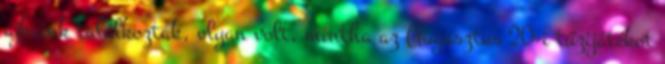
ajkaink találkoztak, olyan volt, mintha az Augusztus 20-i tűzijátékot